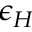
\epsilon _ { H }